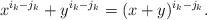
LaTeX: \begin{align*}x^{i_k - j_k} + y^{i_k - j_k} = (x + y)^{i_k - j_k}.\end{align*}